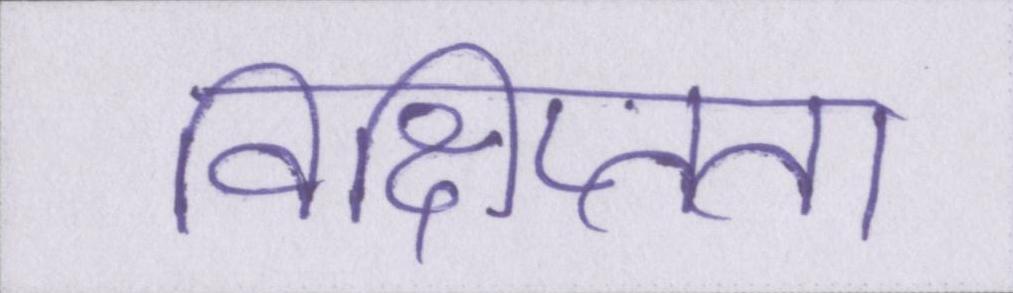
विक्षिप्तता